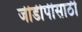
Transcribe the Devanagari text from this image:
जीडीपीसाठी